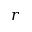
r